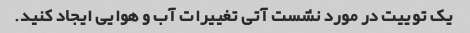
یک توییت در مورد نشست آتی تغییرات آب و هوایی ایجاد کنید.